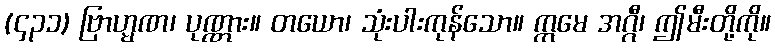
(၄၃၁) ဗြာဟ္မဏ၊ ပုဏ္ဏား။ တယော၊ သုံးပါးကုန်သော။ ဣမေ အဂ္ဂီ၊ ဤမီးတို့ကို။